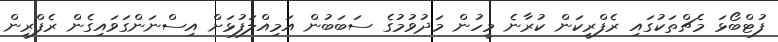
ފުޓްބޯޅަ މެޗްތަކުގައި ރެފްރީކަން ކުރާނެ މީހުން މަދުވުމުގެ ސަބަބުން އަމިއްލަފުޅަށް އިސްނަންގަވައިގެން ރެފްރީން